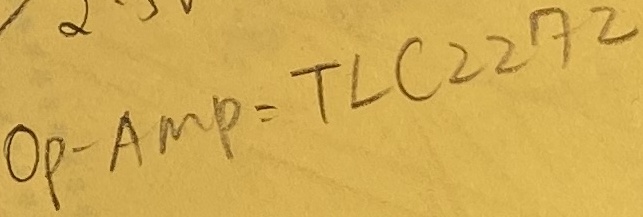
Text: OP-AMP-TLC227